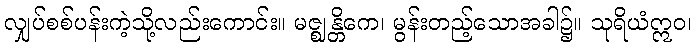
လျှပ်စစ်ပန်းကဲ့သို့လည်းကောင်း။ မဇ္ဈန္တိကေ၊ မွန်းတည့်သောအခါ၌။ သုရိယံဣဝ၊